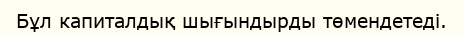
Бұл капиталдық шығындырды төмендетеді.